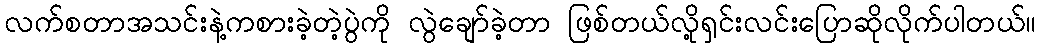
လက်စတာအသင်းနဲ့ကစားခဲ့တဲ့ပွဲကို လွဲချော်ခဲ့တာ ဖြစ်တယ်လို့ရှင်းလင်းပြောဆိုလိုက်ပါတယ်။